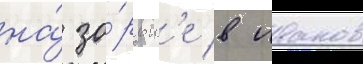
на́ зо́рьк'е в иванов